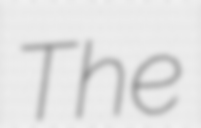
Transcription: The